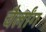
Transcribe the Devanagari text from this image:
चैर्लांग